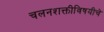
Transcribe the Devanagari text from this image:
चलनशक्तीविषयीचे